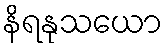
နိရနုသယော